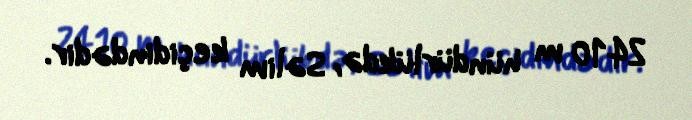
2410 m hündürlükdə, Səlim keçidindədir.